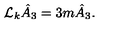
\mathcal { L } _ { k } \hat { A } _ { 3 } = 3 m \hat { A } _ { 3 } .